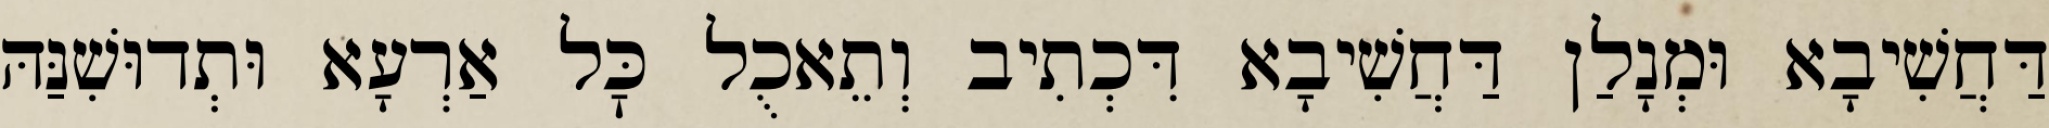
דַּחֲשִׁיבָא וּמְנָלַן דַּחֲשִׁיבָא דִּכְתִיב וְתֵאכֻל כׇּל אַרְעָא וּתְדוּשִׁנַּהּ